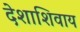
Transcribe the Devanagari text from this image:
देशाशिवाय